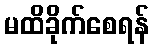
မထိခိုက်စေရန်